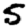
Digit: 5